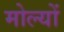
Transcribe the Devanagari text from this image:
मोल्यों